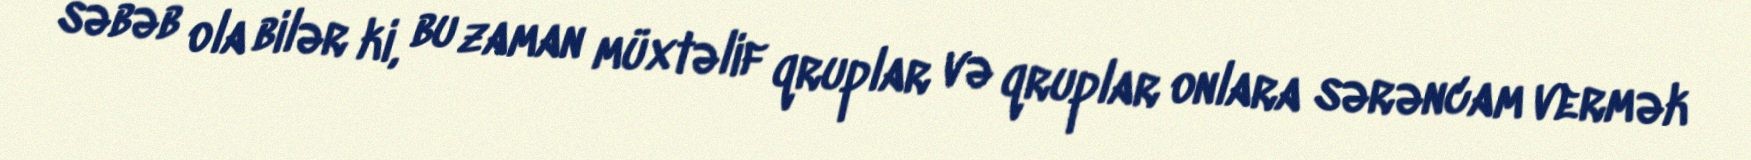
səbəb ola bilər ki, bu zaman müxtəlif qruplar və qruplar onlara sərəncam vermək